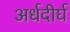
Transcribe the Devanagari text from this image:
अर्धदीर्घ